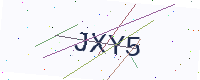
Text: JXY5